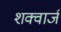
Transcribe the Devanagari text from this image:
शक्वार्ज